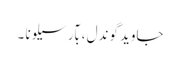
جاوید گوندل ، بآرسیلونا ۔